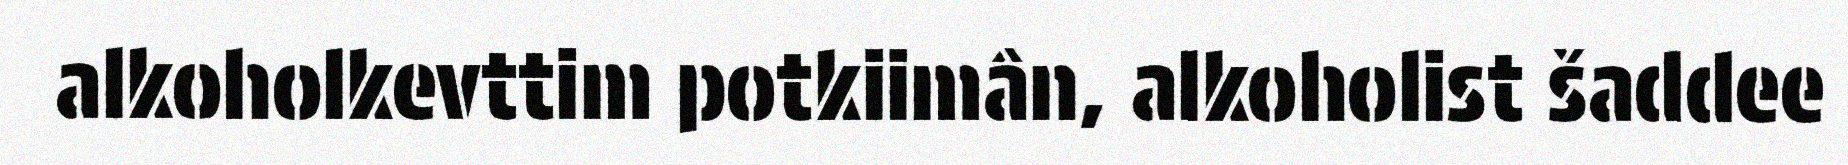
alkoholkevttim potkiimân, alkoholist šaddee